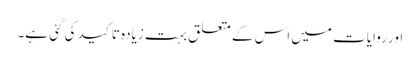
اور روایات میں اس کے متعلق بہت زیادہ تاکید کی گئی ہے۔